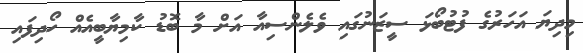
މިދިޔަ އަހަރުގެ ފުޓުބޯޅަ ސީޒަނުގައި ވެލެންސިއާ އަށް މާ ބޮޑު ކާމިޔާބީއެއް ހޯދިފައި